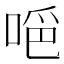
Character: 𠵺